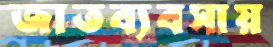
জাতব্যবসায়